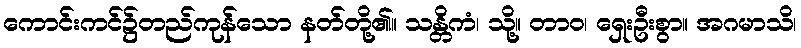
ကောင်းကင်၌တည်ကုန်သော နတ်တို့၏။ သန္တိကံ၊ သို့။ တာဝ၊ ရှေးဦးစွာ။ အဂမာသိ၊